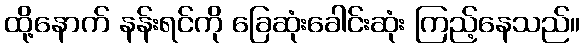
ထို့နောက် နန်းရင်ကို ခြေဆုံးခေါင်းဆုံး ကြည့်နေသည်။